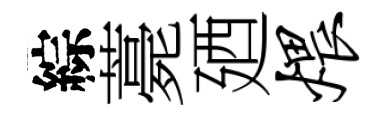
綜薧廼煨